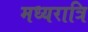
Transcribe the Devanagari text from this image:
मध्‍यरात्रि